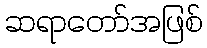
ဆရာတော်အဖြစ်